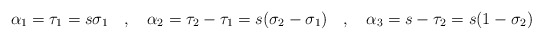
\begin{align*}\alpha_{1} = \tau_{1} = s \sigma_{1} \hspace{.4cm} , \hspace{.4cm} \alpha_{2} = \tau_{2} - \tau_{1} = s (\sigma_{2} - \sigma_{1}) \hspace{.4cm} , \hspace{.4cm} \alpha_{3} = s - \tau_{2} = s (1 - \sigma_{2}) \end{align*}